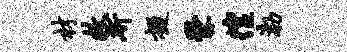
材救斫掇爨徨渤